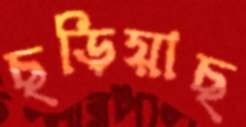
ছড়িয়াছ